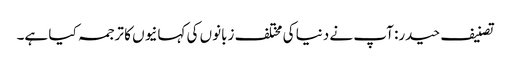
تصنیف حیدر: آپ نے دنیا کی مختلف زبانوں کی کہانیوں کا ترجمہ کیا ہے۔